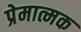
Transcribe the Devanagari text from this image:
प्रेमात्मक